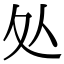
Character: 处